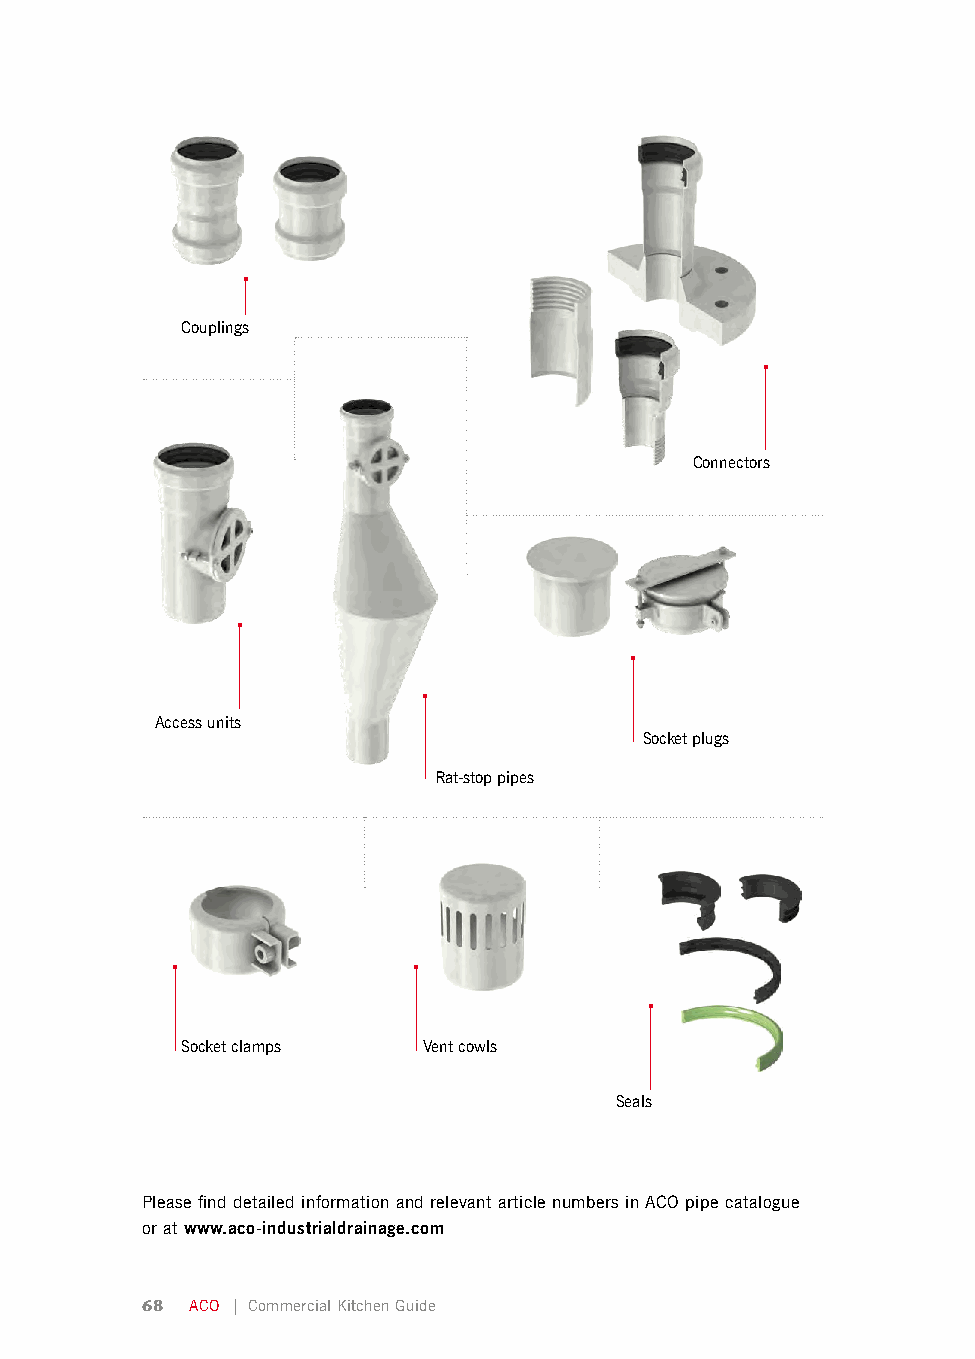
Couplings
 Connectors
 Access units
 Socket plugs
 Rat-stop pipes
 Socket clamps   Vent cowls
 Seals
 Please find detailed information and relevant article numbers in ACO pipe catalogue
 or at www.aco-industrialdrainage.com
 68  ACO | Commercial Kitchen Guide